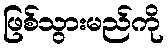
ဖြစ်သွားမည်ကို